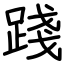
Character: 踐